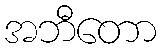
အဘီတော